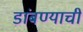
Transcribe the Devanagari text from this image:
डांबण्याची